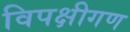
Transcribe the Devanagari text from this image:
विपक्षीगण